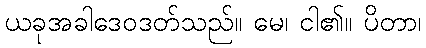
ယခုအခါဒေဝဒတ်သည်။ မေ၊ ငါ၏။ ပိတာ၊